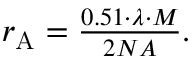
\begin{array} { r } { r _ { \mathrm { A } } = \frac { 0 . 5 1 \cdot \lambda \cdot M } { 2 N A } . } \end{array}